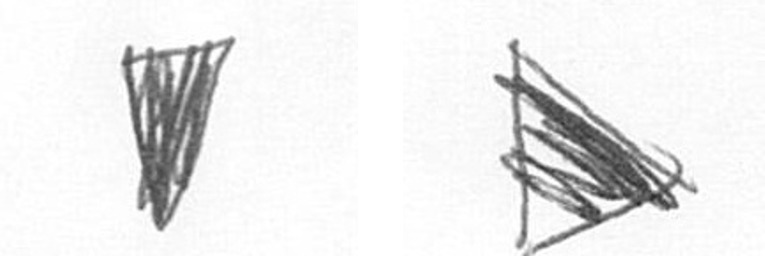
J T